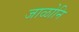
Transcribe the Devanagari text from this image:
जाळोनि